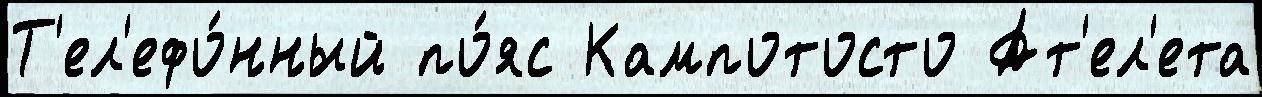
Т'ел'ефо́нный по́яс Кампотосто Ат'ел'ета